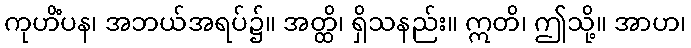
ကုဟိံပန၊ အဘယ်အရပ်၌။ အတ္ထိ၊ ရှိသနည်း။ ဣတိ၊ ဤသို့။ အာဟ၊